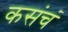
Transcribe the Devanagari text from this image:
कसंचं